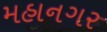
મહાનગર